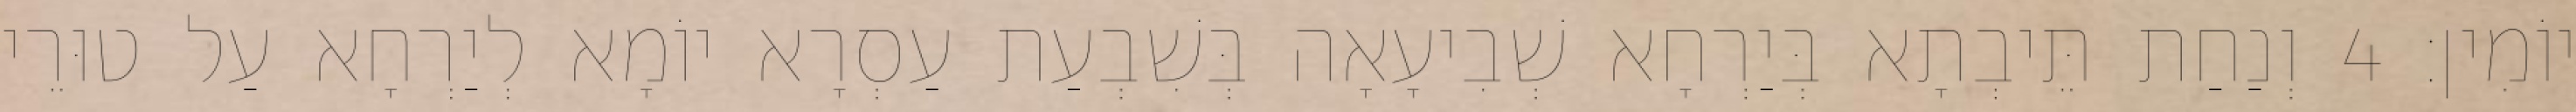
יוֹמִין׃ 4 וְנַחַת תֵּיבְתָא בְּיַרְחָא שְׁבִיעָאָה בְּשִׁבְעַת עַסְרָא יוֹמָא לְיַרְחָא עַל טוּרֵי